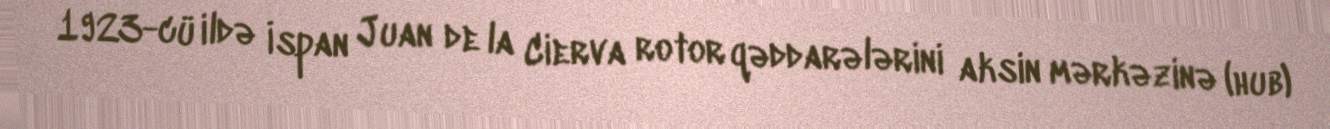
1923-cü ildə İspan Juan de la Cierva rotor qəddarələrini aksin mərkəzinə (hub)